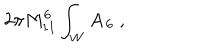
{ 2 \pi M _ { 1 1 } ^ { 6 } } \int _ { W } \mathbf { A _ { 6 } } \ ,